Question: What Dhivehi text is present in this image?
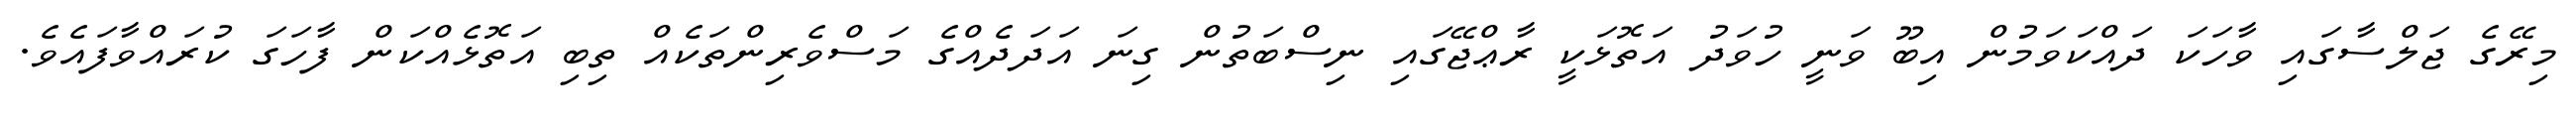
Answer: މިރޭގެ ޖަލްސާގައި ވާހަކަ ދައްކަވަމުން އިބޫ ވަނީ ހުވަދު އަތޮޅަކީ ރާޢްޖޭގައި ނިސްބަތުން ގިނަ އަދަދެއްގެ މަސްވެރިންތަކެއް ތިބި އަތޮޅެއްކަން ފާހަގަ ކުރައްވާފައެވެ.